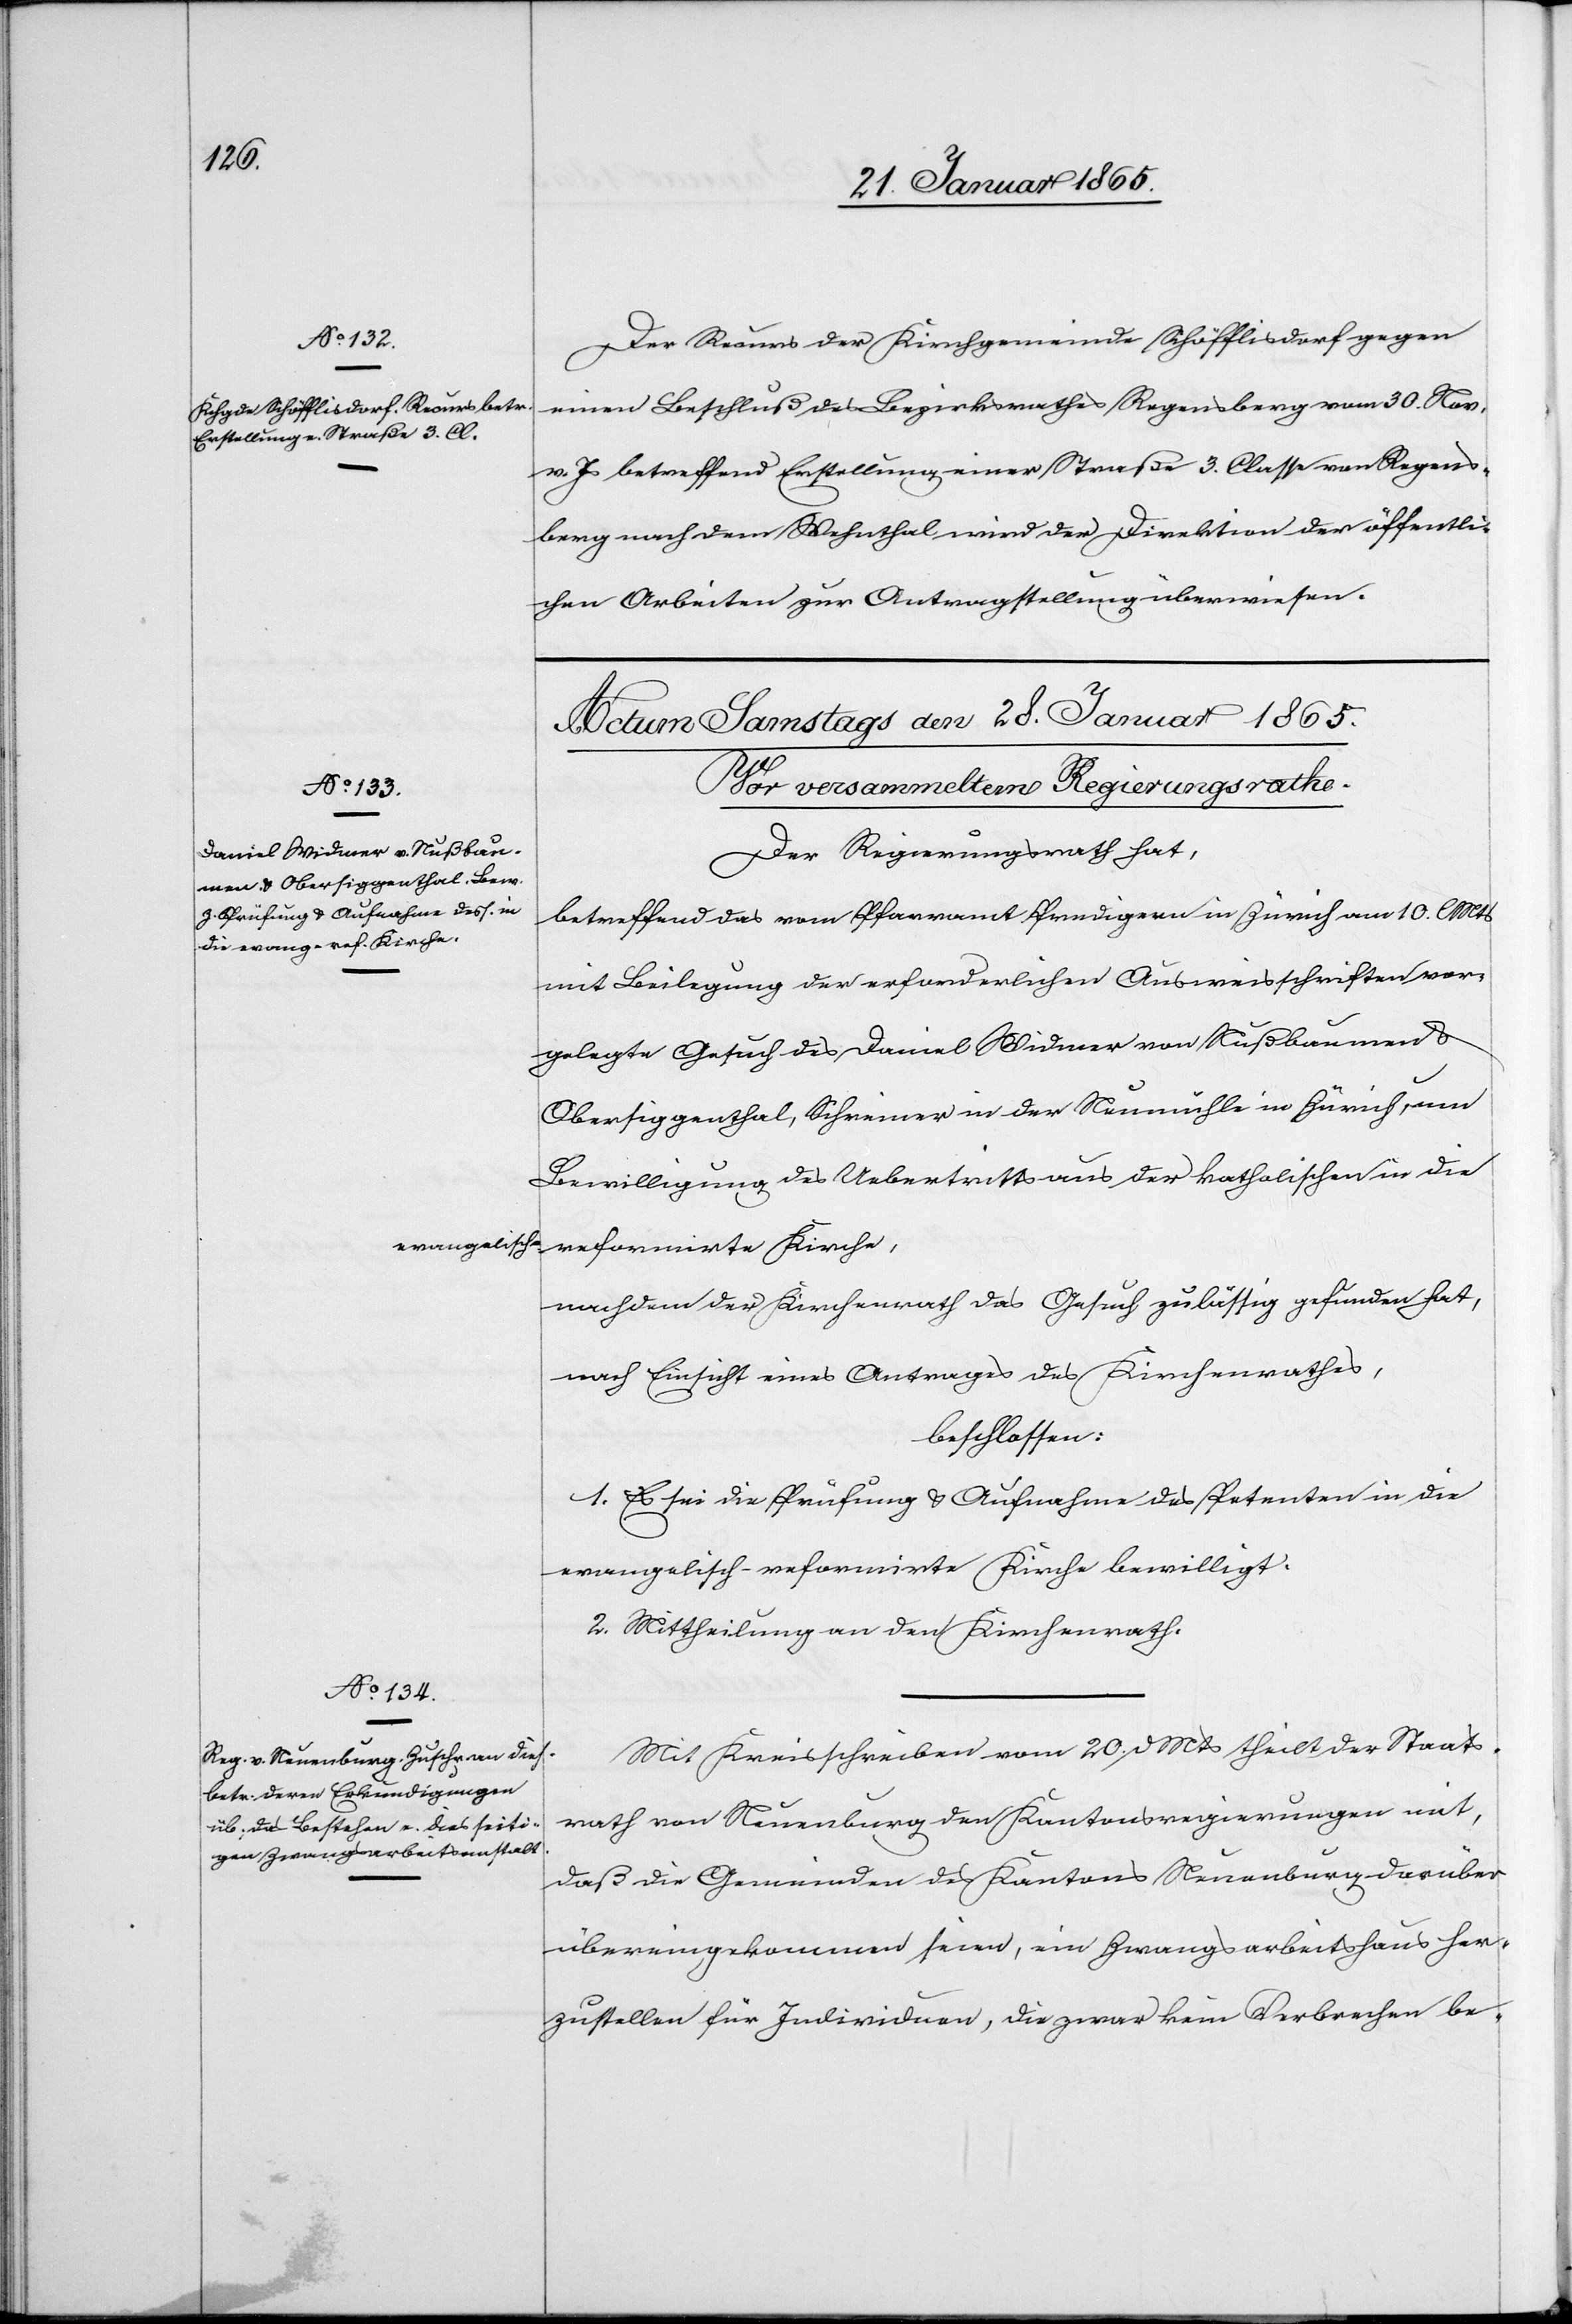
evangelisch-r¬

Der Recurs der Kirchgemeinde Schöfflisdorf gegen
einen Beschluß des Bezirksrathes Regensberg vom 30. Nov.
v. Js betreffend Erstellung einer Straße 3. Classe von Regens¬
berg nach dem Wehnthal wird der Direktion der öffentli¬
chen Arbeiten zur Antragstellung überwiesen.
Der Regierungsrath hat,
betreffend das vom Pfarramt Predigern in Zürich am 10. Mts
mit Beilegung der erforderlichen Ausweisschriften vor¬
gelegte Gesuch des Daniel Widmer von Nußbaumen u.
Obersiggenthal, Schreiner in der Neumühle in Zürich, um
Bewilligung des Uebertritts aus der katholischen in die
eformirte Kirche,
nachdem der Kirchenrath das Gesuch zulässig gefunden hat,
nach Einsicht eines Antrages des Kirchenrathes,
beschlossen:
1. Es sei die Prüfung u. Aufnahme des Petenten in die
evangelisch-reformirte Kirche bewilligt.
2. Mittheilung an den Kirchenrath.
Mit Kreisschreiben vom 20. d Mts theilt der Staats¬
rath von Neuenburg den Kantonsregierungen mit,
daß die Gemeinden des Kantons Neuenburg darüber
übereingekommen seien, ein Zwangsarbeitshaus her¬
zustellen für Individuen, die zwar kein Verbrechen be-